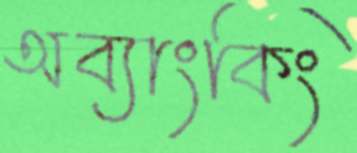
অব্যাংকিং